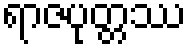
ရာဇပုတ္တဿ